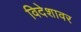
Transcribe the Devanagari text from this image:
विदेशावर